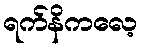
ရက်နိကလေ့